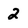
Character: 2